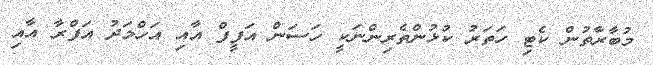
މުބާރާތުން ކެޓި ހަތަރު ކުޅުންތެރިންނަކީ ހަސަން އަފީފް އާއި އަހްމަދު އަފްރާ އާއި